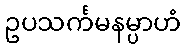
ဥပသင်္ကမနမ္ပာဟံ